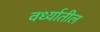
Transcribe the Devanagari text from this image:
वर्ध्यातील